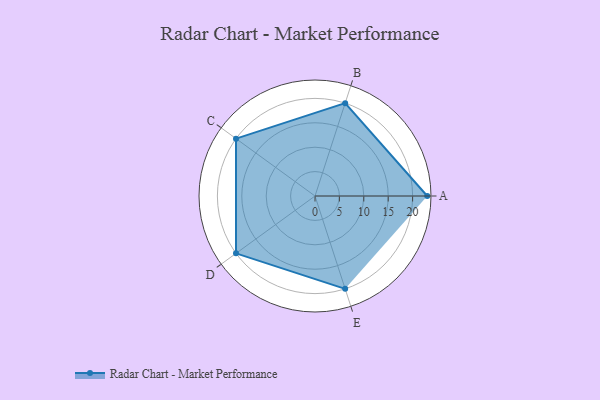
{"axis": {"x": "Skill", "y": "Score"}, "legend": ["Profile"], "data": [{"x": "A", "y": 23.0, "type": "Profile"}, {"x": "B", "y": 20.0, "type": "Profile"}, {"x": "C", "y": 20, "type": "Profile"}, {"x": "D", "y": 20, "type": "Profile"}, {"x": "E", "y": 20, "type": "Profile"}]}